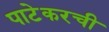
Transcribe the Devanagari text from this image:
पाटेकरची